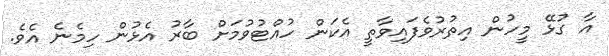
އާ ގުޅޭ މީހުން އިތުރުވެފައިވާތީ އެކަން ހުއްޓުވުމަށް ބާރު އެޅުން ހިމެނެ އެވެ.